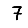
Digit: 7